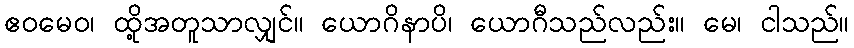
ဧဝမေဝ၊ ထို့အတူသာလျှင်။ ယောဂိနာပိ၊ ယောဂီသည်လည်း။ မေ၊ ငါသည်။